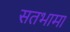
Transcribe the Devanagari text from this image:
सतभामा